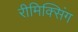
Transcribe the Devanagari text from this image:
रीमिक्सिंग